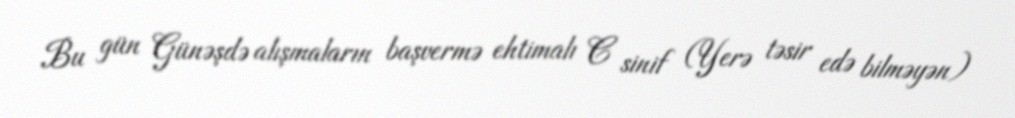
Bu gün Günəşdə alışmaların başvermə ehtimalı C sinif (Yerə təsir edə bilməyən)